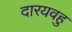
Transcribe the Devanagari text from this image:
दारयवहु